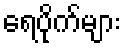
ရေပိုက်များ